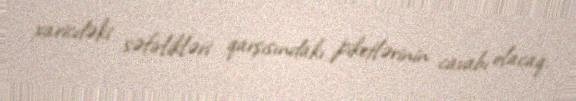
xaricdəki səfirlikləri qarşısındakı piketlərinin cavabı olacaq.